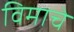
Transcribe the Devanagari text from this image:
विमाचे